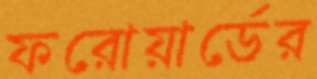
ফরোয়ার্ডের